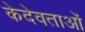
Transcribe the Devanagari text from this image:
केदेवताओं